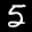
Label: 5